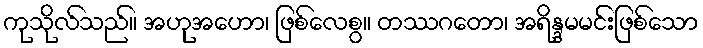
ကုသိုလ်သည်။ အဟုအဟော၊ ဖြစ်လေစွ။ တဿဂတော၊ အရိန္ဒမမင်းဖြစ်သော